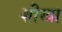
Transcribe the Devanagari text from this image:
शीखा